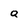
Character: Q